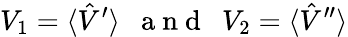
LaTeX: V_{1}=\langle\hat{V}^{\prime}\rangle\mathrm{~\ \ a~n~d~\ \ }V_{2}=\langle\hat{V}^{\prime\prime}\rangle